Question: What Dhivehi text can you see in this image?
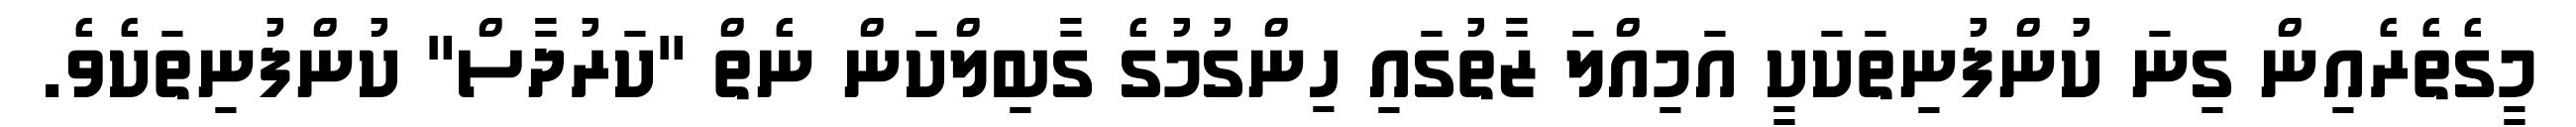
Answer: މީގެތެރެއިން ގިނަ ކުންފުނިތަކަކީ އަމިއްލަ ޒާތުގައި ހިންގުމުގެ ގާބިލްކަން ނެތް "ކަރުދާސް" ކުންފުނިތަކެވެ.